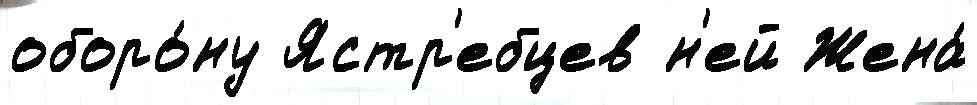
оборо́ну Ястр'ебцев н'ей Жена́